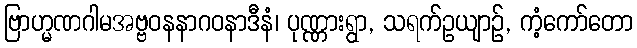
ဗြာဟ္မဏဂါမအဗ္ဗဝနနာဂဝနာဒီနံ၊ ပုဏ္ဏားရွာ, သရက်ဥယျာဉ်, ကံ့ကော်တော